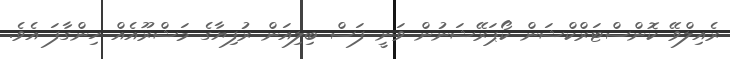
ރެއިލްވޭ ކޮންސްޓަރްކްޝަން ކޯޕަރޭޝަނުން ވަނީ ފަސް ބިލިއަން ރުފިޔާގެ މަޝްރޫއެއް ހިންގާފަ އެވެ.